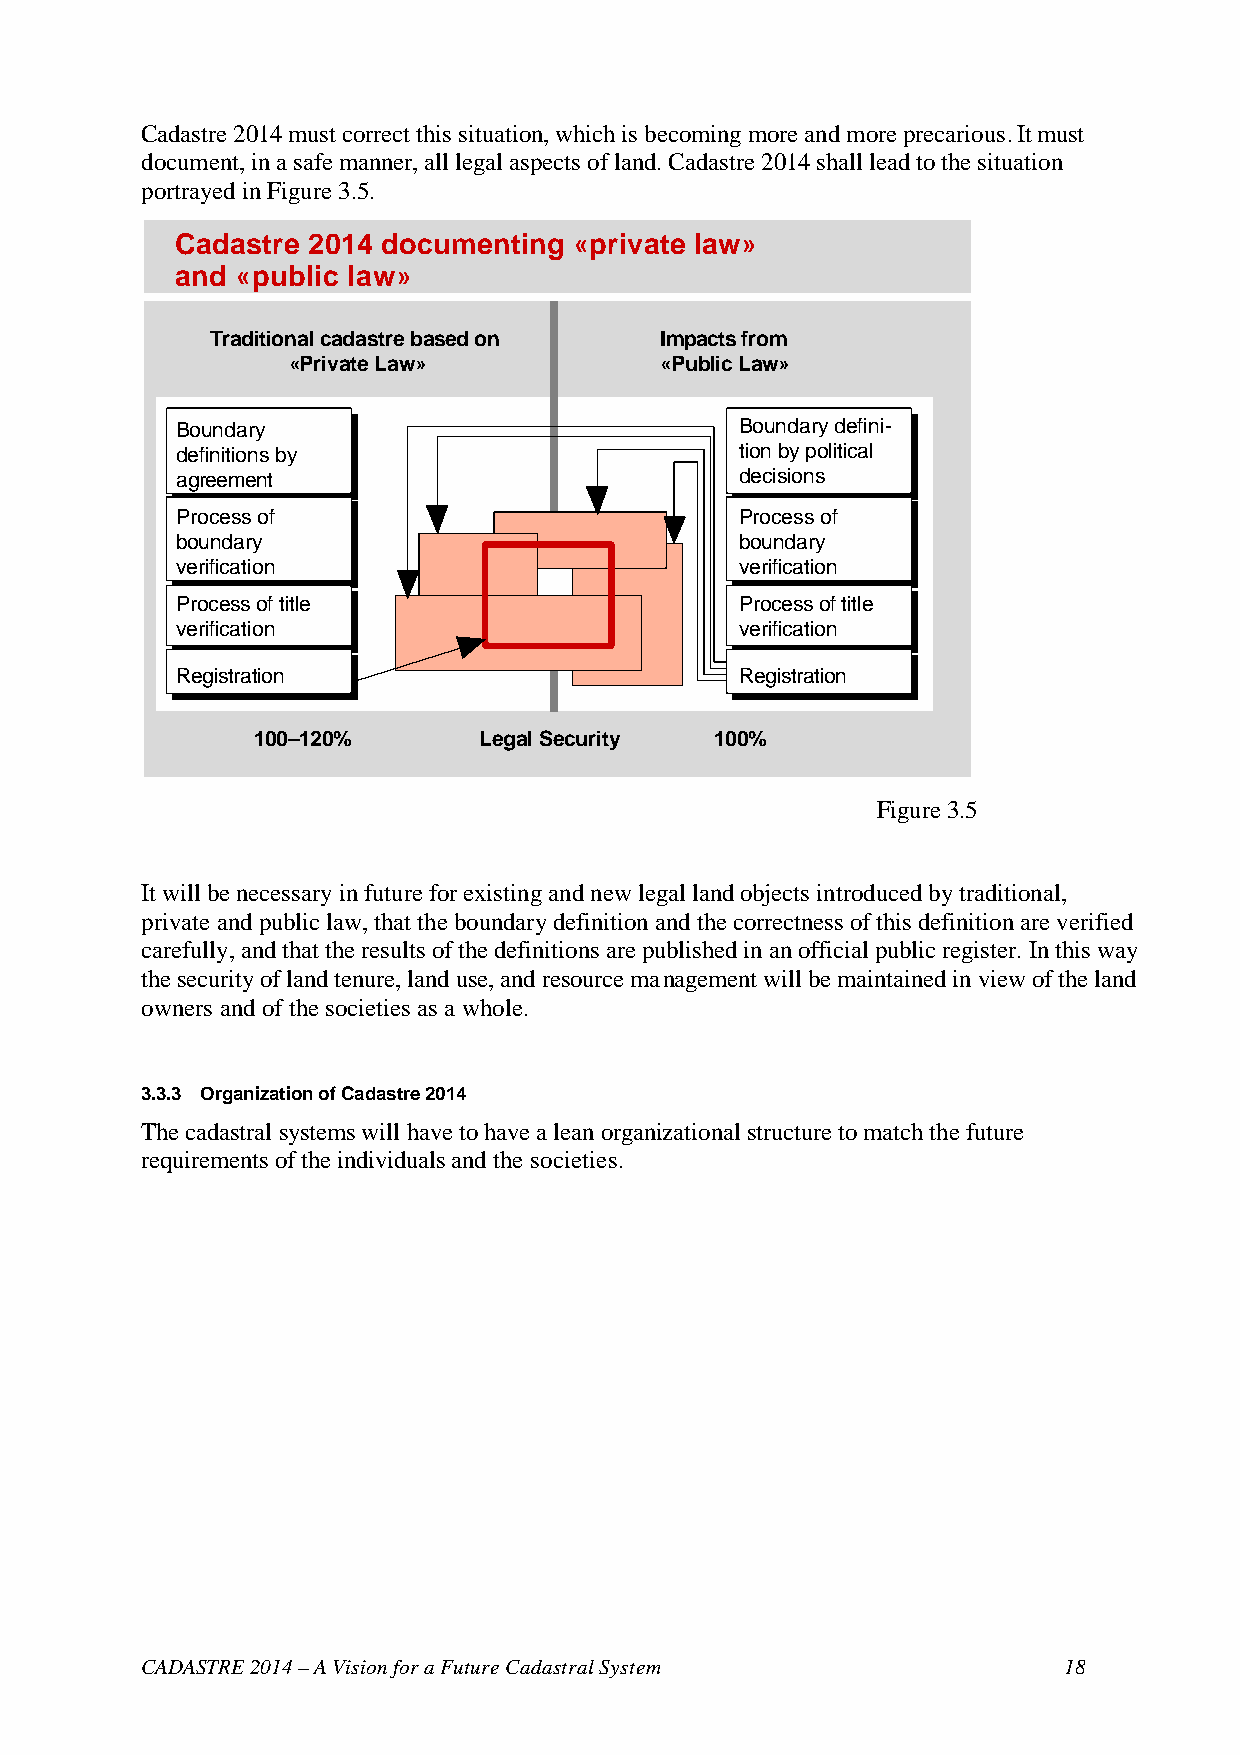
Cadastre 2014 must correct this situation, which is becoming more and more precarious. It must
 document, in a safe manner, all legal aspects of land. Cadastre 2014 shall lead to the situation
 portrayed in Figure 3.5.
 Cadastre 2014 documenting «private law»
 and «public law»
 Traditional cadastre based on Impacts from
 «Private Law»            «Public Law»
 Boundary                             Boundary defini-
 definitions by                       tion by political
 agreement                            decisions
 Process of                           Process of
 boundary                             boundary
 verification                         verification
 Process of title                     Process of title
 verification                         verification
 Registration                         Registration
 100–120%       Legal Security 100%
 Figure 3.5
 It will be necessary in future for existing and new legal land objects introduced by traditional,
 private and public law, that the boundary definition and the correctness of this definition are verified
 carefully, and that the results of the definitions are published in an official public register. In this way
 the security of land tenure, land use, and resource management will be maintained in view of the land
 owners and of the societies as a whole.
 3.3.3 Organization of Cadastre 2014
 The cadastral systems will have to have a lean organizational structure to match the future
 requirements of the individuals and the societies.
 CADASTRE 2014 – A Vision for a Future Cadastral System       18